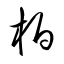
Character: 柏